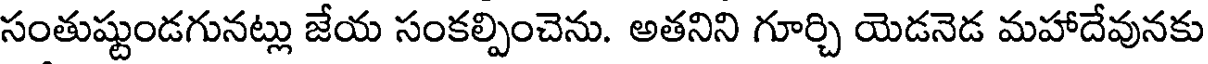
సంతుష్టుండగునట్లు జేయ సంకల్పించెను. అతనిని గూర్చి యెడనెడ మహాదేవునకు